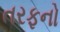
તરફનો